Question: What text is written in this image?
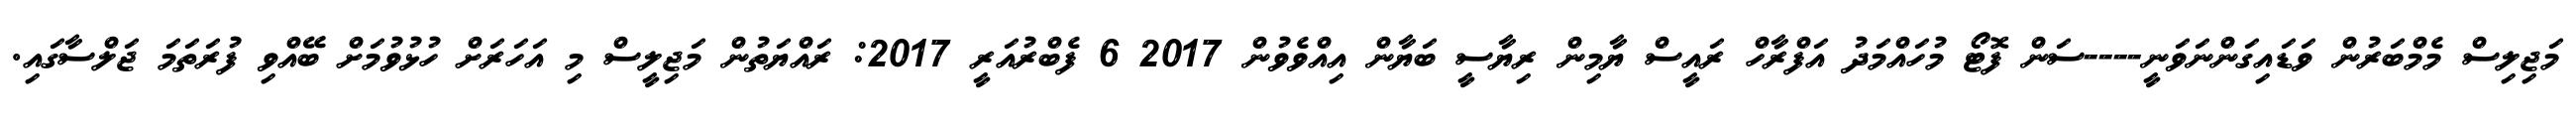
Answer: މަޖިލިސް މެމްބަރުން ވަޑައިގަންނަވަނީ----ސަން ފޮޓޯ މުހައްމަދު އަފްރާހް ރައީސް ޔާމިން ރިޔާސީ ބަޔާން އިއްވެވުން 2017 6 ފެބްރުއަރީ 2017: ރައްޔަތުން މަޖިލީސް މި އަހަރަށް ހުޅުވުމަށް ބޭއްވި ފުރަތަމަ ޖަލްސާގައި.